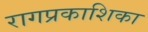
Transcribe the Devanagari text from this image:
रागप्रकाशिका